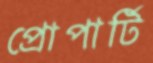
প্রোপার্টি